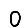
Digit: 0